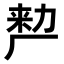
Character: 𭆉